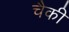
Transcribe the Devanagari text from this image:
चैकी